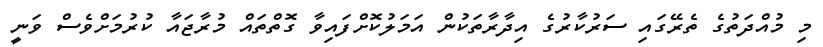
މި މުއްދަތުގެ ތެރޭގައި ސަރުކާރުގެ އިދާރާތަކުން އަމަލުކޮށްފައިވާ ގޮތްތައް މުރާޖައާ ކުރުމަށްވެސް ވަނީ